Snake-venoms in relation to hæmolysis - Number 17
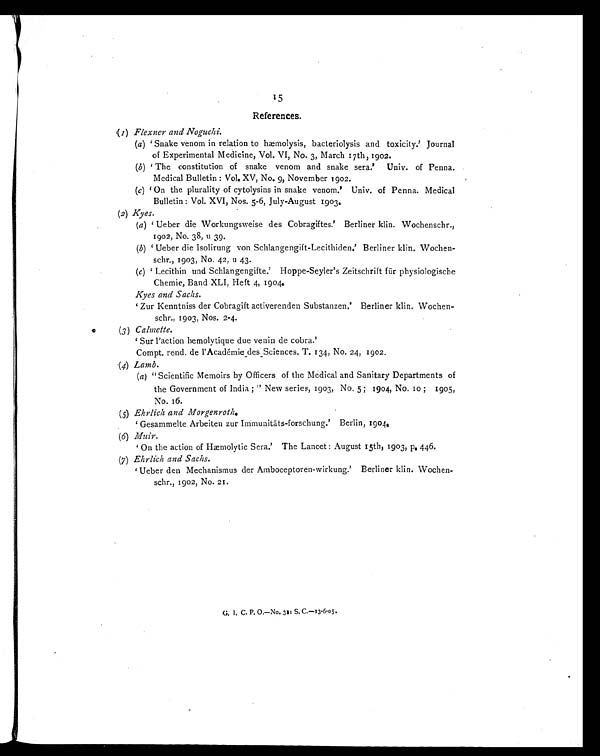
15
References.
( 1 ) Flexner and Noguchi.
(a) ' Snake venom in relation to hæmolysis, bacteriolysis and toxicity.' Journal
of Experimental Medicine, Vol. VI, No. 3, March 17th, 1902.
(b) ' The constitution of snake venom and snake sera.' Univ. of Penna.
Medical Bulletin : Vol. XV, No. 9, November 1902.
(c) ' On the plurality of cytolysins in snake venom.' Univ. of Penna. Medical
Bulletin : Vol. XVI, Nos. 5-6, July-August 1903.
(2) Kyes.
(a) ' Ueber die Workungsweise des Cobragiftes.' Berliner klin. Wochenschr.,
1902, No. 38, u 39.
(b) ' Ueber die Isolirung von Schlangengift-Lecithiden.' Berliner klin. Wochen-
schr., 1903, No. 42, u 43.
(c) ' Lecithin and Schlangengifte.' Hoppe-Seyler's Zeitschrift für physiologische
Chemie, Band XLI, Heft 4, 1904.
Kyes and Sachs.
' Zur Kenntniss der Cobragift activerenden Substanzen.' Berliner klin. Wochen-
schr., 1903, Nos. 2-4.
(3 ) Calmette.
' Sur l'action hemolytique due venin de cobra.'
Compt. rend. de l'Académie des Sciences. T. 134, No. 24, 1902.
(4) Lamb.
(a ) "Scientific Memoirs by Officers of the Medical and Sanitary Departments of
the Government of India ; " New series, 1903, No. 5 ; 1904, No. 10 ; 1905,
No. 16.
( 5) Ehrlich and Morgenroth.
' Gesammelte Arbeiten zur Immunitäts-forschung.' Berlin, 1904.
(6) Muir.
' On the action of Hæmolytic Sera.' The Lancet : August 15th, 1903, p, 446.
(7) Ehrlich and Sachs.
' Ueber den Mechanismus der Amboceptoren-wirkung.' Berliner klin. Wochen-
schr., 1902, No. 21.
G. I. C. P. O.—No. 311 S. C.-13-6-05.